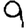
Digit: 9